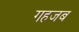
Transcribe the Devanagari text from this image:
गहजब